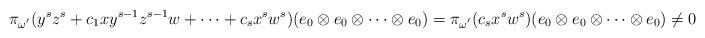
LaTeX: \begin{align*}\pi_{\omega^{'}}(y^sz^s+c_1xy^{s-1}z^{s-1}w+\cdots +c_sx^sw^s)(e_0\otimes e_0\otimes \cdots \otimes e_0)=\pi_{\omega^{'}}(c_sx^sw^s)(e_0\otimes e_0\otimes \cdots \otimes e_0)\neq 0\end{align*}